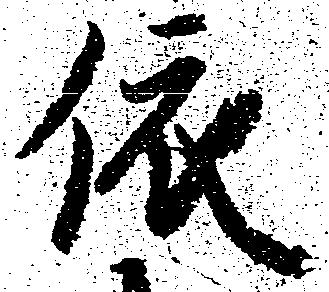
依